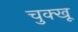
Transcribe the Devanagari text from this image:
चुक्खू